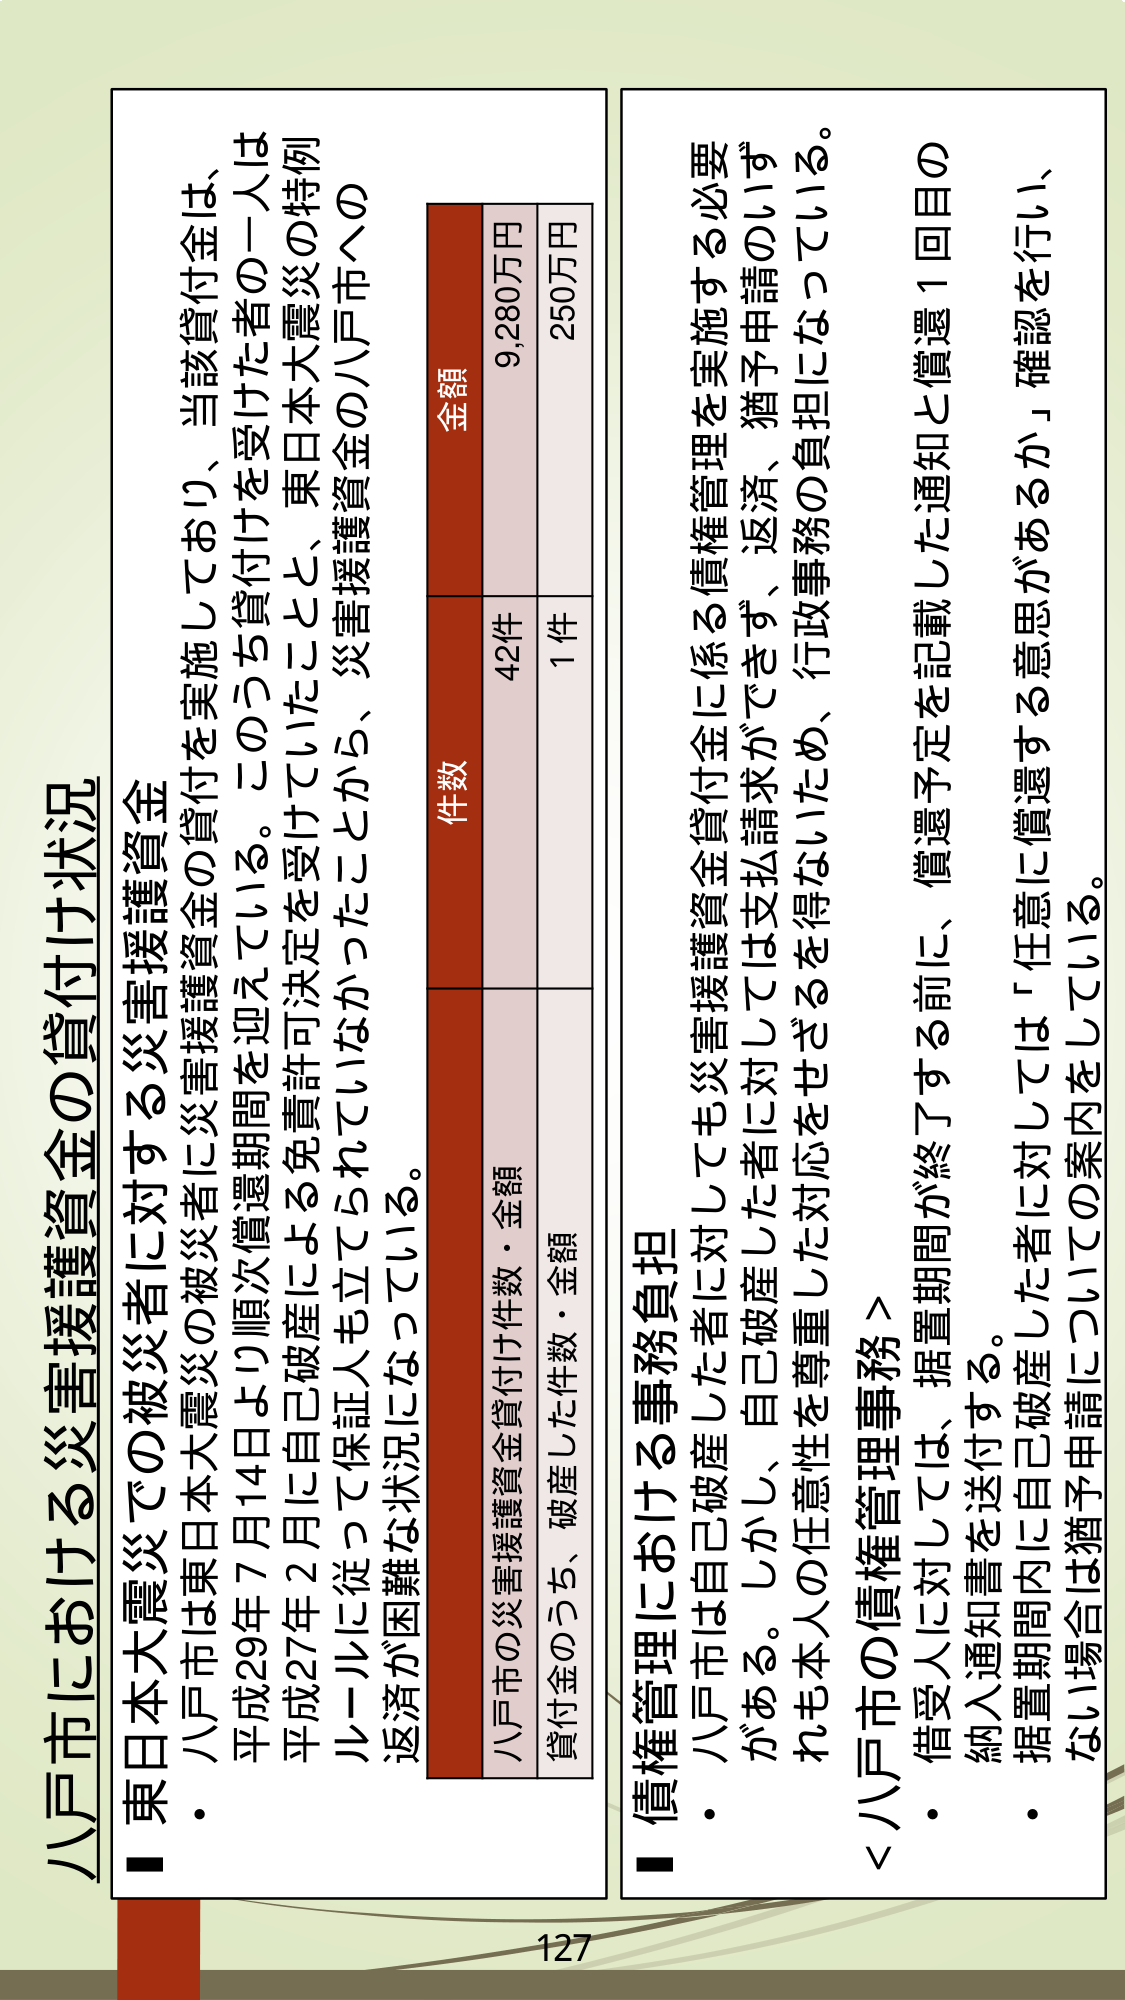
八戸市における災害援護資金の貸付け状況

■東日本大震災での被災者に対する災害援護資金
・八戸市は東日本大震災の被災者に災害援護資金の貸付を実施しており、当該貸付金は、
平成29年7月14日より順次償還期間を迎えている。このうち貸付けを受けた者の一人は
平成27年2月に自己破産による免責許可決定を受けていたことと、東日本大震災の特例
ルールに従って保証人も立てられていなかったことから、災害援護資金の八戸市への
返済が困難な状況になっている。

八戸市の災害援護資金貸付け件数・金額
件数 金額
42件 9,280万円
貸付金のうち、破産した件数・金額
1件 250万円

■債権管理における事務負担
・八戸市は自己破産した者に対しても災害援護資金貸付金に係る債権管理を実施する必要
がある。しかし、自己破産した者に対しては支払請求ができず、返済、猶予申請のいず
れも本人の任意性を尊重した対応をせざるを得ないため、行政事務の負担になっている。
＜八戸市の債権管理事務＞
・借受人に対しては、据置期間が終了する前に、償還予定を記載した通知と償還1回目の
納入通知書を送付する。
・据置期間内に自己破産した者に対しては「任意に償還する意思があるか」確認を行い、
ない場合は猶予申請についての案内をしている。

127